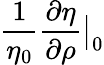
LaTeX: \frac{1}{\eta_{0}}\frac{\partial\eta}{\partial\rho}\big|_{0}